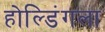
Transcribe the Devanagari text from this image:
होल्डिंगला